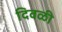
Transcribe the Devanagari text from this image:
दिवळी